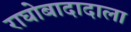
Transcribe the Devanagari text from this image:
राघोबादादाला